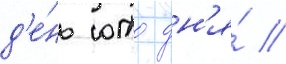
д'е́нь ото дн'я́ //